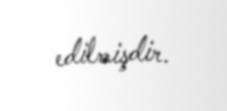
edilmişdir.